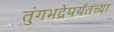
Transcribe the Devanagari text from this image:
तुंगभद्रेपर्यंतच्या